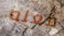
فعله